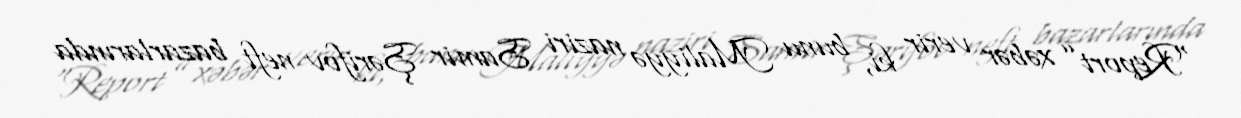
“Report” xəbər verir ki, bunu Maliyyə naziri Samir Şərifov neft bazarlarında